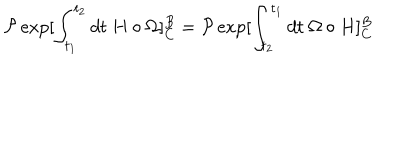
{ \cal P } \exp [ \int _ { t _ { 1 } } ^ { t _ { 2 } } d t \ H \circ \Omega ] _ { C } ^ { B } = { \cal P } \exp [ \int _ { t _ { 2 } } ^ { t _ { 1 } } d t \ \Omega \circ H ] _ { C } ^ { B }